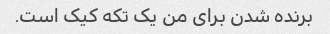
برنده شدن برای من یک تکه کیک است.